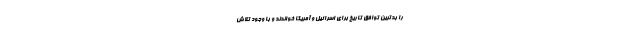
را بدترین توافق تاریخ برای اسرائیل و آمریکا خواندند و با وجود تلاش